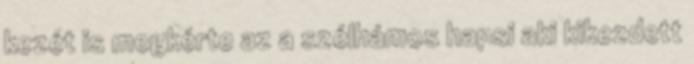
kezét is megkérte az a szélhámos hapsi aki kikezdett